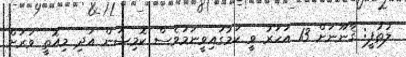
ލުޠުފީ: ޤާނޫނަށް 13 އަހަރު ވީ ކަމުގައިވީނަމަވެސް ކޮމިޝަން އަދި މިއޮތީ ވަރަށް